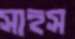
সাহস